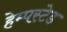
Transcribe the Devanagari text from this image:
हेम्पस्टेड